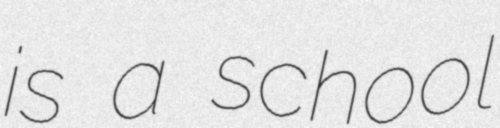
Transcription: is a school